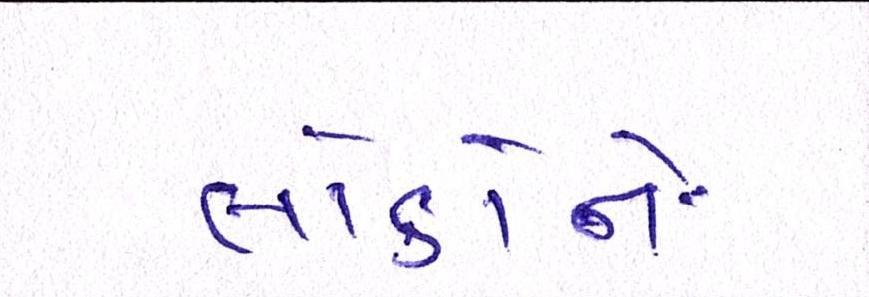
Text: લોકોને